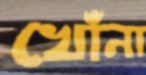
খোঁনা